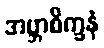
အဗ္ဘာစိက္ခနံ